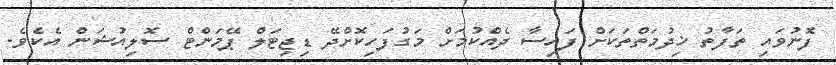
ފޮނުވައި ތަފާތު ޚިދުމަތްތަކަށް ފައިސާ ދެއްކުމަށް މަގުފަހިކޮށްދޭ ޑިޖިޓަލް ޕޭމަންޓް ސޮލިއުޝަން އެކެވެ.